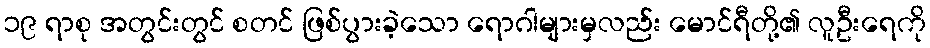
၁၉ ရာစု အတွင်းတွင် စတင် ဖြစ်ပွားခဲ့သော ရောဂါများမှလည်း မောင်ရီတို့၏ လူဦးရေကို